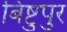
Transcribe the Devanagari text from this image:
बिष्टुपुर